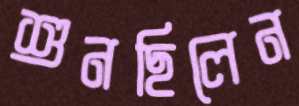
শুনছিলেন